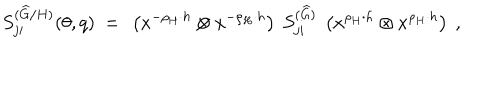
S _ { j i } ^ { ( { \widehat G } / H ) } ( \theta , q ) ~ = ~ \left( x ^ { - \rho _ { H } \cdot h } \otimes x ^ { - \rho _ { H } \cdot h } \right) ~ S _ { j i } ^ { ( { \widehat G } ) } ~ \left( x ^ { \rho _ { H } \cdot h } \otimes x ^ { \rho _ { H } \cdot h } \right) \ ,